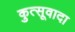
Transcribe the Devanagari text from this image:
कुत्सूवादा